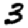
Digit: 3